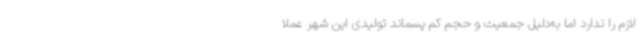
لازم را ندارد اما به‌دلیل جمعیت و حجم کم پسماند تولیدی این شهر عملا